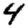
Digit: 4